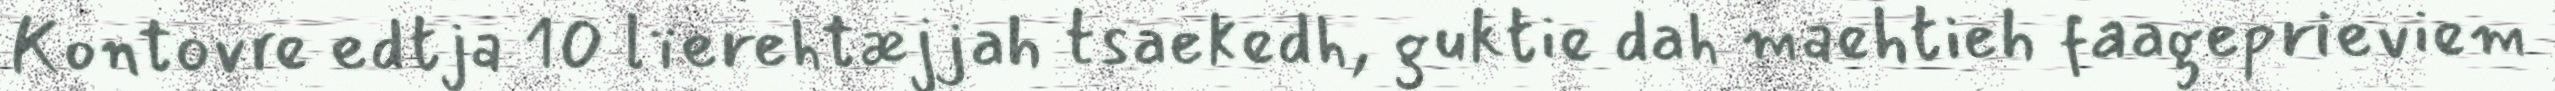
Kontovre edtja 10 lïerehtæjjah tsaekedh, guktie dah maehtieh faageprieviem